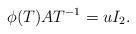
LaTeX: \begin{align*}\phi(T)AT^{-1}=u I_{2}.\end{align*}